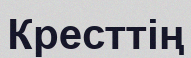
Кресттің